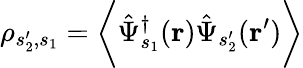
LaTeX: \rho_{s_{2}^{\prime},s_{1}}=\biggl\langle\hat{\Psi}_{s_{1}}^{\dagger}(\mathbf{r})\hat{\Psi}_{s_{2}^{\prime}}(\mathbf{r^{\prime}})\biggr\rangle